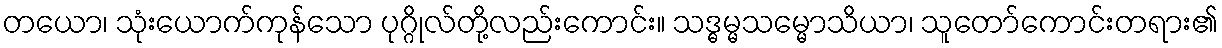
တယော၊ သုံးယောက်ကုန်သော ပုဂ္ဂိုလ်တို့လည်းကောင်း။ သဒ္ဓမ္မသမ္မောသိယာ၊ သူတော်ကောင်းတရား၏